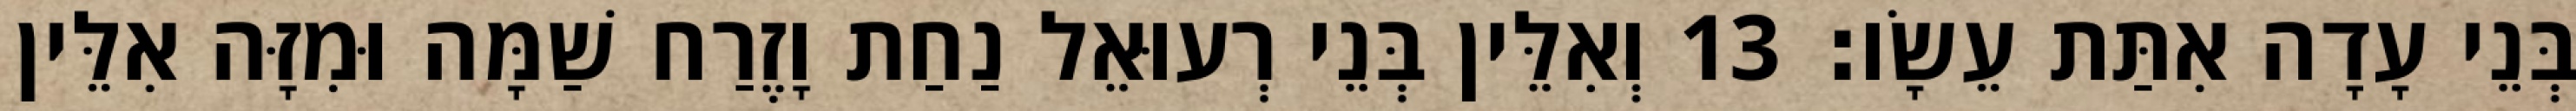
בְּנֵי עָדָה אִתַּת עֵשָׂו׃ 13 וְאִלֵּין בְּנֵי רְעוּאֵל נַחַת וָזֶרַח שַׁמָּה וּמִזָּה אִלֵּין